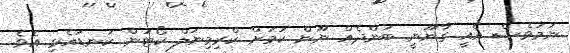
ނަމަވެސް އެއީ ގާނޫނީ ބަންދެއް ނޫން ކަމަށް ކްރިމިނަލް ކޯޓުން ކަނޑައެޅި އެވެ.